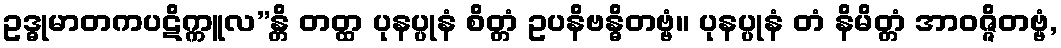
ဥဒ္ဓုမာတကပဋိက္ကူလ”န္တိ တတ္ထ ပုနပ္ပုနံ စိတ္တံ ဥပနိဗန္ဓိတဗ္ဗံ။ ပုနပ္ပုနံ တံ နိမိတ္တံ အာဝဇ္ဇိတဗ္ဗံ,